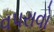
વપરાવો